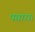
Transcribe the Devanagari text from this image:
पसारा।